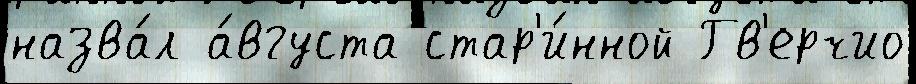
назва́л а́вгуста стар'и́нной Гв'ерчио